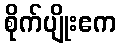
စိုက်ပျိုးဧက